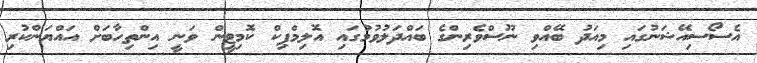
އެސޯސިއޭޝަނުގައި މިއަދު ބޭއްވި ނޫސްވެރިންގެ ބައްދަލުވުމުގައި އޮލިމްޕިކް ކޮމިޓީން ވަނީ އިންތިހާބަށް އައްޔަންކުރި